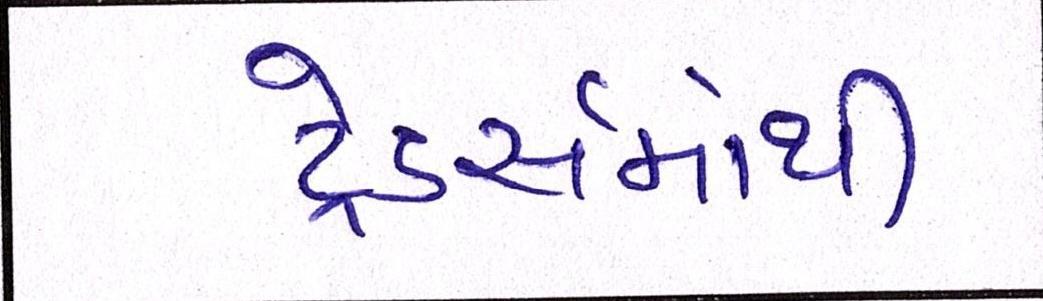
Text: ટ્રેડર્સમાંથી